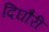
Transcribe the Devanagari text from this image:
दिघौरी